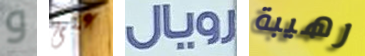
و على رويال رهيبة